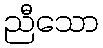
ညီသော